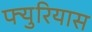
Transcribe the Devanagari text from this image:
फ्युरियास